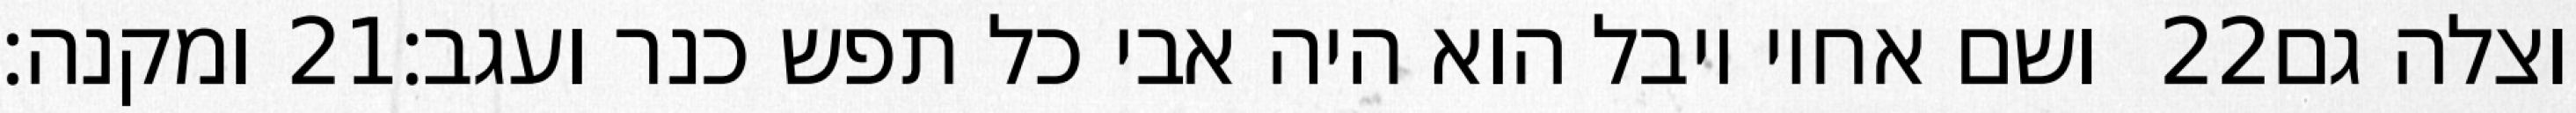
ומקנה׃ ‎21‏ ושם אחיו יובל הוא היה אבי כל תפש כנר ועגב׃ ‎22‏ וצלה גם